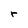
Character: r